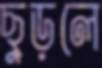
ছুড়লে